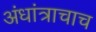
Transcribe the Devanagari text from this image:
अंधांत्राचाच